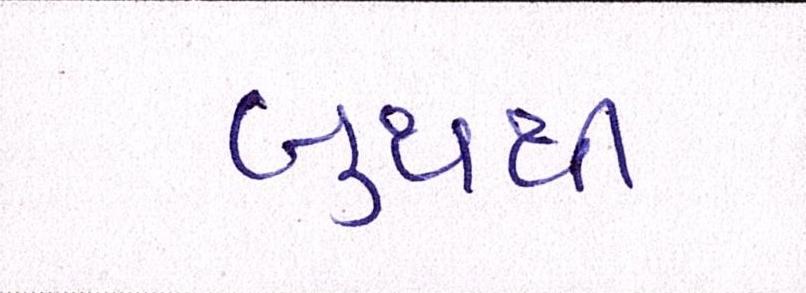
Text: બુથથી